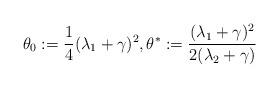
LaTeX: \begin{align*}\theta_0:=\frac{1}{4} (\lambda_1+\gamma)^2,\theta^*:=\frac{(\lambda_1+\gamma)^2}{2(\lambda_2+\gamma)}\end{align*}